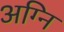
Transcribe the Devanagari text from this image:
अग्‍नि